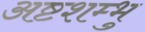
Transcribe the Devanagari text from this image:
अष्टशम्भु